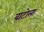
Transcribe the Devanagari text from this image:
वाटोला